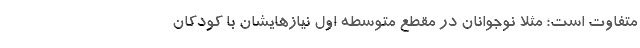
متفاوت است؛ مثلا نوجوانان در مقطع متوسطه اول نیازهایشان با کودکان